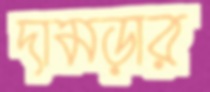
দামড়ার